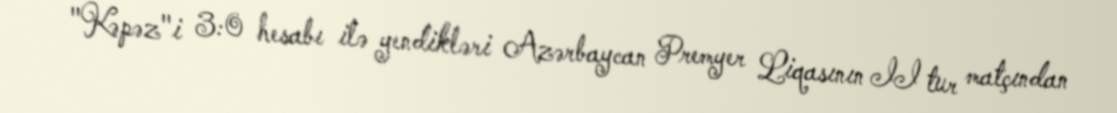
"Kəpəz"i 3:0 hesabı ilə yendikləri Azərbaycan Premyer Liqasının II tur matçından